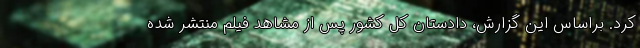
کرد. براساس این گزارش، دادستان کل کشور پس از مشاهد فیلم منتشر شده